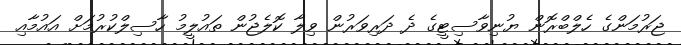
ޖަރުމަންގެ ހެލްބްރޮން ޔުނިވާސިޓީގެ ދެ ދަރިވަރުން ވިލާ ކޮލެޖުން ތައުލީމު ހާސިލްކުރުމަށް އައުމާއި